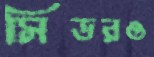
সিডরও